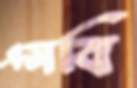
এসবি